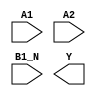
module sky130_fd_sc_hs__o21bai (
    //# {{data|Data Signals}}
    input  A1  ,
    input  A2  ,
    input  B1_N,
    output Y
);

    // Voltage supply signals
    supply1 VPWR;
    supply0 VGND;

endmodule